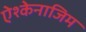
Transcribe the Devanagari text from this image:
ऐश्केनाजिम